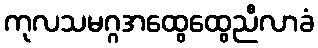
ကုလသမဂ္ဂအထွေထွေညီလာခံ